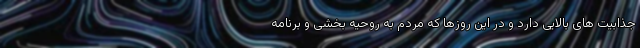
جذابیت های بالایی دارد و در این روزها که مردم به روحیه بخشی و برنامه